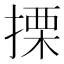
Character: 搮